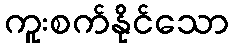
ကူးစက်နိုင်သော